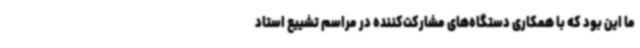
ما این بود که با همکاری دستگاه‌های مشارکت‌کننده در مراسم تشییع استاد